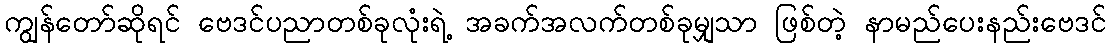
ကျွန်တော်ဆိုရင် ဗေဒင်ပညာတစ်ခုလုံးရဲ့ အခက်အလက်တစ်ခုမျှသာ ဖြစ်တဲ့ နာမည်ပေးနည်းဗေဒင်